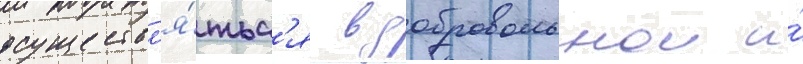
осуществл'я́тьс'я в добровольнои и́